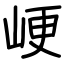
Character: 峺